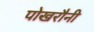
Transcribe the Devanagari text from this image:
पोखरौनी